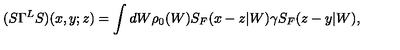
( S \Gamma ^ { L } S ) ( x , y ; z ) = \int d W \rho _ { 0 } ( W ) S _ { F } ( x - z | W ) \gamma S _ { F } ( z - y | W ) ,